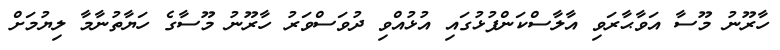
ހާރޫނު މޫސާ އަވާޙާރަވި އާލާސްކަންފުޅުގައި އުޅުއްވި ދުވަސްވަރު ހާރޫނު މޫސާގެ ހަޔާތުނާމާ ލިޔުމަށް